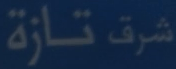
شرق تازة